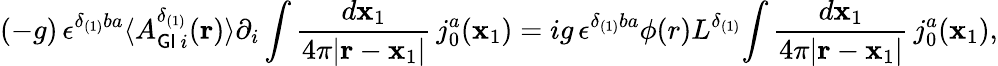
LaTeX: (-g)\, {\epsilon}^{{\delta}_{(1)}ba}\langle{A_{{\sf GI}\, i}^{{\delta}_{(1)}}({\mathbf{r}})\rangle\partial_{i}\int\frac{d{\mathbf x}_{1}}{4{\pi}|{\mathbf r}-{\mathbf x}_{1}|}\, j_{0}^{a}({{\mathbf x}_{1}}})=ig\, {\epsilon}^{{\delta}_{(1)}ba}{\phi}(r)L^{{\delta}_{(1)}}{\int\frac{d{\mathbf x}_{1}}{4{\pi}|{\mathbf r}-{\mathbf x}_{1}|}\, j_{0}^{a}({{\mathbf x}_{1}}}),